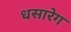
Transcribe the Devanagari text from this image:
धसारेग